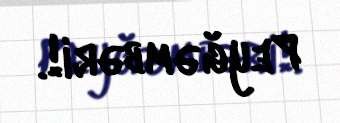
Peyğəmbəri!.